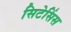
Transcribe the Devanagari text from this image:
सिटेसिंस